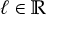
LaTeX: \ell \in \mathbb { R }